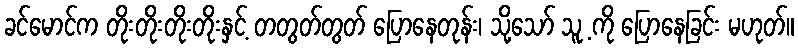
ခင်မောင်က တိုးတိုးတိုးတိုးနှင့် တတွတ်တွတ် ပြောနေတုန်း၊ သို့သော် သူ့ ကို ပြောနေခြင်း မဟုတ်။